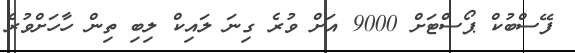
ފޭސްބުކް ޕޯސްޓަށް 9000 އަށް ވުރެ ގިނަ ލައިކް ލިބި ތިން ހާހަށްވުރެ